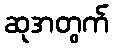
ဆုအတွက်